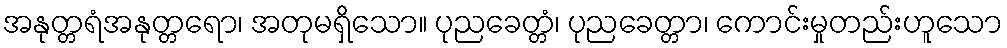
အနုတ္တရံအနုတ္တရော၊ အတုမရှိသော။ ပုညခေတ္တံ၊ ပုညခေတ္တာ၊ ကောင်းမှုတည်းဟူသော